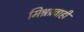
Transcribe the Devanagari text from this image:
मिश्रप्रवाही